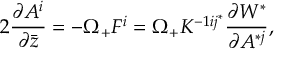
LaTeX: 2 { \frac { \partial A ^ { i } } { \partial \bar { z } } } = - \Omega _ { + } F ^ { i } = \Omega _ { + } K ^ { - 1 i j ^ { * } } \frac { \partial { \cal W } ^ { * } } { \partial A ^ { * j } } ,